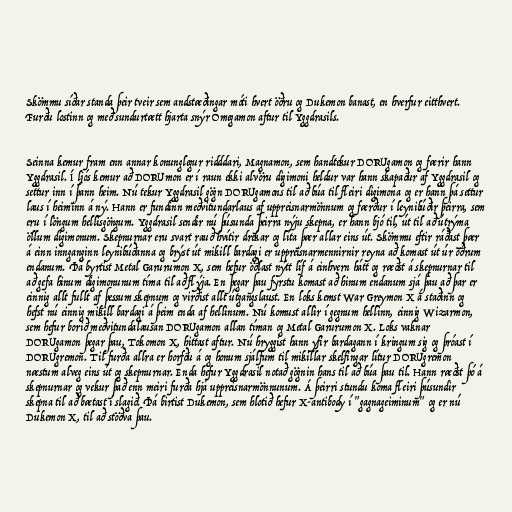
Skömmu síðar standa þeir tveir sem andstæðingar móti hvert öðru og Dukemon banast, en hverfur eitthvert.
Furðu lostinn og með sundurtætt hjarta snýr Omegamon aftur til Yggdrasils.

Seinna kemur fram enn annar konunglegur ridddari, Magnamon, sem handtekur DORUgamon og færir hann
Yggdrasil. Í ljós kemur að DORUmon er í raun ekki alvöru digimoni heldur var hann skapaður af Yggdrasil og
settur inn í þann heim. Nú tekur Yggdrasil gögn DORUgamons til að búa til fleiri digimona og er hann þá settur
laus í heiminn á ný. Hann er fundinn meðvitundarlaus af uppreisnarmönnum og færður í leynibúðir þeirra, sem
eru í löngum hellisgöngum. Yggdrasil sendir nú þúsunda þeirra nýju skepna, er hann bjó til, út til að útrýma
öllum digimonum. Skepnurnar eru svart rauð hvítir drekar og líta þær allar eins út. Skömmu eftir ráðast þær
á einn innganginn leynibúðanna og brýst út mikill bardagi er uppreisnarmennirnir reyna að komast út úr öðrum
endanum. Þá byrtist Metal Garurumon X, sem hefur öðlast nýtt líf á einhvern hátt og ræðst á skepnurnar til
að gefa hinum digimonunum tíma til að flýja. En þegar þau fyrstu komast að hinum endanum sjá þau að þar er
einnig allt fullt af þessum skepnum og virðist allt útgangslaust. En loks kemst War Greymon X á staðinn og
hefst nú einnig mikill bardagi á þeim enda af hellinum. Nú komust allir í gegnum hellinn, einnig Wizarmon,
sem hefur borið meðvitundalausan DORUgamon allan tíman og Metal Garurumon X. Loks vaknar
DORUgamon þegar þau, Tokomon X, hittast aftur. Nú hryggist hann yfir bardagann í kringum sig og þróast í
DORUgremon. Til furða allra er horfðu á og honum sjálfum til mikillar skelfingar lítur DORUgremon
næstum alveg eins út og skepnurnar. Enda hefur Yggdrasil notað gögnin hans til að búa þau til. Hann ræðst þó á
skepnurnar og vekur það enn meiri furða hjá uppreisnarmönnunum. Á þeirri stundu koma fleiri þúsundir
skepna til að bætast í slagið. Þá birtist Dukemon, sem hlotið hefur X-antibody í "gagnageiminum" og er nú
Dukemon X, til að stöðva þau.